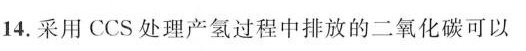
14.采用CCS处理产氢过程中排放的二氧化碳可以